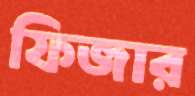
ফিজার